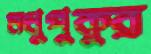
মধুপুকুর